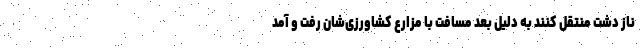
ناز دشت منتقل کنند به دلیل بعد مسافت با مزارع کشاورزی‌شان رفت و آمد